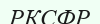
РКСФР